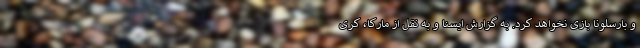
و بارسلونا بازی نخواهد کرد. به گزارش ایسنا و به نقل از مارکا، کری